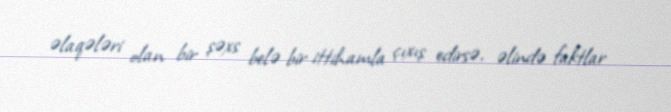
əlaqələri olan bir şəxs belə bir ittihamla çıxış edirsə, əlində faktlar